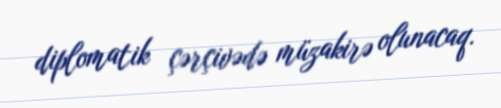
diplomatik çərçivədə müzakirə olunacaq.